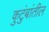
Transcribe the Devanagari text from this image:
कुटुंबांतील